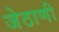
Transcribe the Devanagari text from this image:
जेठाणी